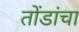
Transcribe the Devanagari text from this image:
तोंडांचा